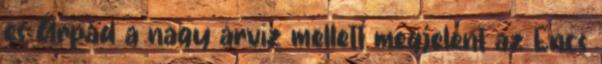
és Árpád a nagy árvíz mellett megjelent az Encs